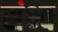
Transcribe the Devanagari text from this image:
संभ्व